Burma Government Medical School reports 1907-22
Year: 1907
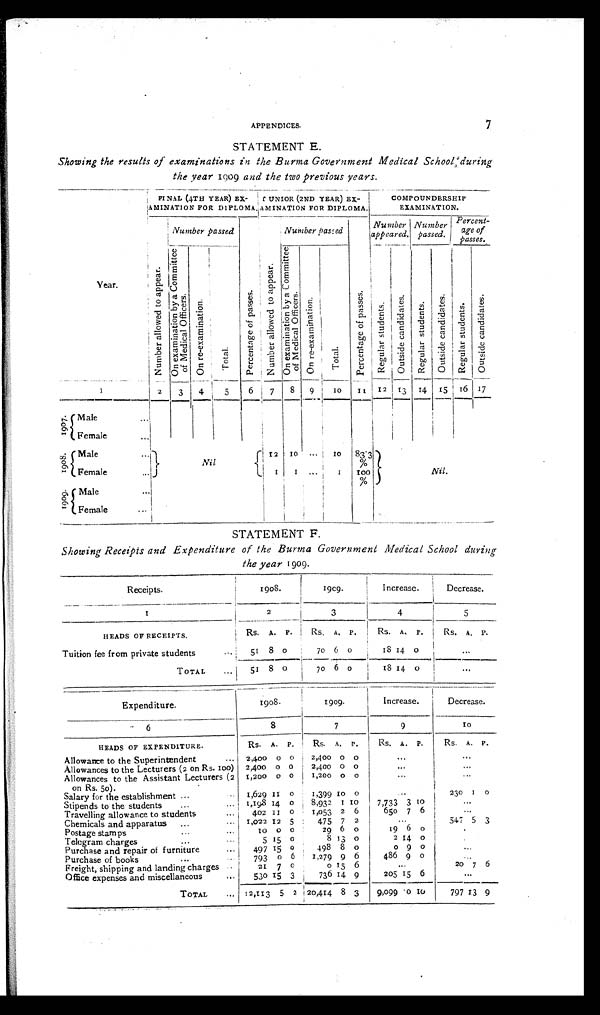
7
APPENDICES.
STATEMENT E.
Showing the results of examinations in the Burma Government Medical School during
the year 1909 and the two previous years.
Year.
FINAL (4TH YEAR) EX-
A M I N A T I O N F O R D I P L O M A .
JUNIOR (2ND YEAR) EX-
A M I N A T I O N F O R D I P L O M A .
COMPOUNDERSHIP
EXAMINATION.
N u m b e r a l l o w e d t o a p p e a r .
Number passed
P e r c e n t a g e o f p a s s e s .
N u m b e r a l l o w e d t o a p p e a r .
Number passed
P e r c e n t a g e o f p a s s e s .
Number
appeared.
Number
passed.
Percen t -
age of
passes..
O n e x a m i n a t i o n b y a C o m m i t t e e o f M e d i c a l O f f i c e r s .
O n r e - e x a m i n a t i o n .
T o t a l .
O n e x a m i n a t i o n b y a c o m m i t t e e o f M e d i c a l O f f i c e r s .
O n r e - e x a m i n a t i o n .
T o t a l .
R e g u l a r s t u d e n t s .
O u t s i d e c a n d i d a t e s .
R e g u l a r s t u d e n t s .
O u t s i d e c a n d i d a t e s .
R e g u l a r s t u d e n t s .
O u t s i d e c a n d i d a t e .
1
2
3 4
5
6
7 8 9
1 0
11 12 13 14 15 16 17
1 9 0 7 .
Male
. . .
Female
. . .
1 9 0 8 .
o
Male
. . .
Nil
12
1 0
. . .
1 0 83.3 %
Nil.
Female
. . .
1
1
. . .
1
100
%
1 9 0 9 .
Male
. . .
Female
. . .
STATEMENT F.
Showing Receipts and Expenditure of the Burma Government Medical School during
the year 1909.
Receipts.
1908.
1909.
Increase.
Decrease.
1
2 3
4
5
HEADS OF RECEIPTS.
Rs. A. P.
Rs. A. P.
Rs. A. P.
Rs. A. P.
Tuition fee from private students
. . . 51 8 o
70 6 o
18 14 0
. . .
TOTAL
. . . 51 8 0
70 6 o
18 14 o
. . .
Expenditure.
1908.
1909.
Increase.
Decrease.
6
8
7
9
10
HEADS OF EXPENDITURE.
RS. A. P.
RS. A. P.
RS. A. P.
RS. A. P.
Allowance to the Superintendent
. . . 2,400 0 0
2,40 0
0
. . .
. . .
Allowances to the Lecturers (2 on Rs. 100) 2,400 0 0
2,400 0 0
. . .
. . .
Allowances to the Assistant Lecturers (2
on Rs. 50).
1,200 0 0
1,200 0 0
. . .
. . .
Salary for the establishment ...
. . . 1,629 I I 0
1,399 10 0
. . .
230
1 0
Stipends to the students...
... 1,198 14 0
8,932 1 1 0
7,733 3 1 0
...
Travelling allowance to student
...
4 0 2 1 1 0
1,053 2 6
65o 7 6
. . .
Chemicals and apparatus ... ...
1,022 12 5
475 7 2
...
547 5 3
Postage stamps
...
...
1 0 o 0
29 6 0
19 6 o
.
Telegram charges ...
...
5
1 5
0
8 13 0
2 14 0
.
Purchase and repair of furniture
497 15 0
498 8 o
o 9 o
...
Purchase of books
...
...
793
0 6
1,279
9 6
486 9 0
...
Freight, shipping and landing charges
...
21 7 0
o 15 6
...
20
7 6
Office expenses and miscellaneous
530 15 3
736 14 9
205 15 6
...
TOTAL
... 12,113
5 2 20,414 8 3
9,099 0 10
797 13 9